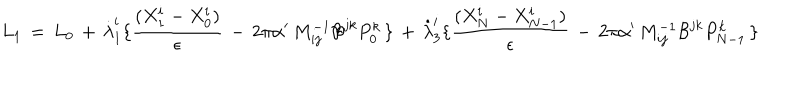
L _ { 1 } \, = \, L _ { 0 } \, + \, \dot { \lambda } _ { 1 } ^ { i } \lbrace { \frac { ( X _ { 1 } ^ { i } - X _ { 0 } ^ { i } ) } { \epsilon } } \, - \, 2 \pi \alpha ^ { \prime } \, M _ { i j } ^ { - 1 } { \cal B } ^ { j k } P _ { 0 } ^ { k } \, \rbrace \, + \, \dot { \lambda } _ { 3 } ^ { i } \lbrace { \frac { ( X _ { N } ^ { i } - X _ { N - 1 } ^ { i } ) } { \epsilon } } \, - \, 2 \pi \alpha ^ { \prime } \, M _ { i j } ^ { - 1 } { \cal B } ^ { j k } P _ { N - 1 } ^ { k } \, \rbrace